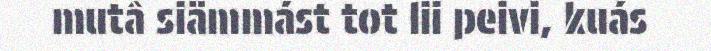
mutâ siämmást tot lii peivi, kuás